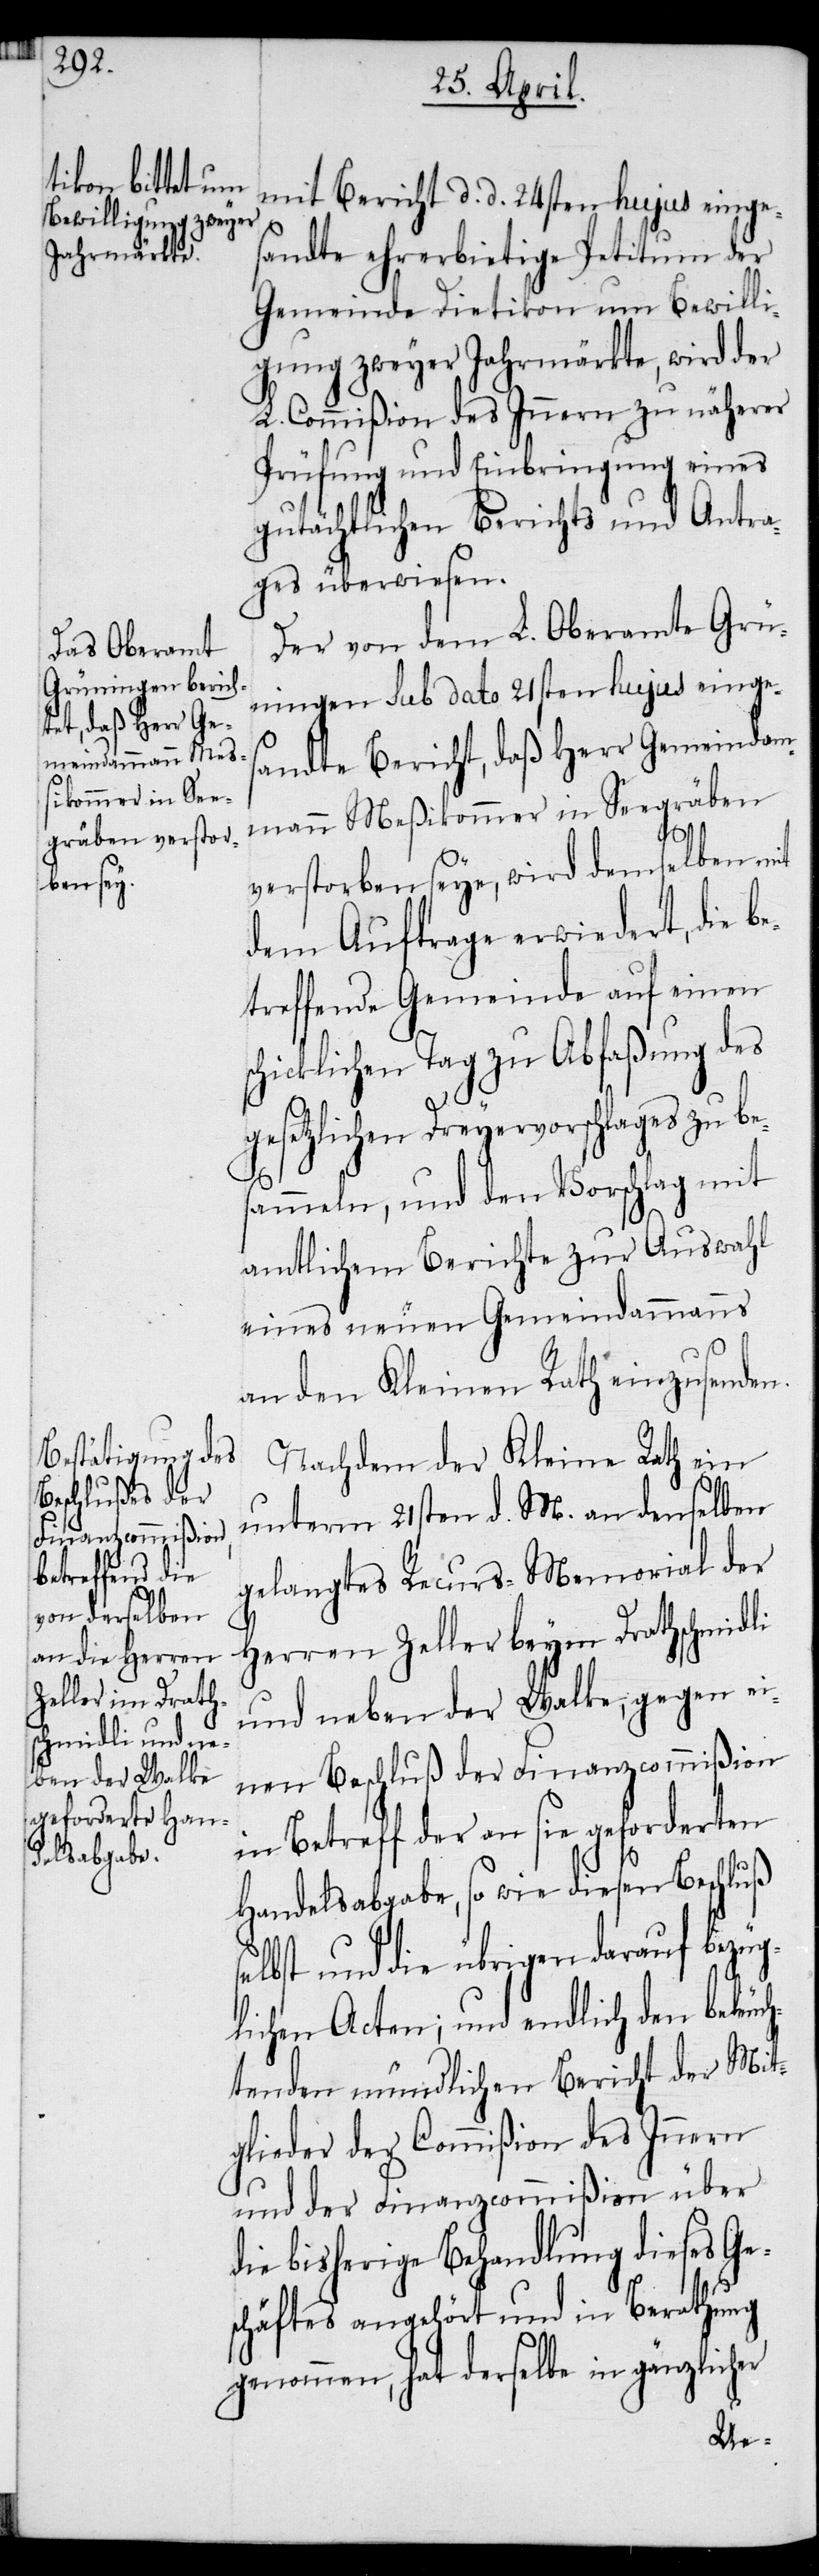
mit Bericht d. d. 24sten hujus einges¬
andte ehrerbietige Petitum der
Gemeinde Dietikon um Bewilli¬
gung zweyer Jahrmärkte, wird der
L. Commißion des Innern zu näherer
Prüfung und Einbringung eines
gutächtlichen Berichts und Antra¬
ges überwiesen.
Der von dem L. Oberamte Grü¬
ningen sub dato 21sten hujus einges¬
andte Bericht, daß Herr Gemeindam¬
mann Meßikommer in Seegräben
verstorben seye, wird demselben mit
dem Auftrage erwiedert, die b¬
etreffende Gemeinde auf einen
chicklichen Tag zu Abfaßung des
gesetzlichen Dreyervorschlages zu be¬
sammeln, und den Vorschlag mit
amtlichem Berichte zur Auswahl
eines neuen Gemeindammanns
an den Kleinen Rath einzusenden.
Nachdem der Kleine Rath ein
unterm 21sten d. M. an denselben
gelangtes Recurs-Memorial der
Herren Zeller beym Drathschmidli
und neben der Walke, gegen ei¬
nen Beschluß der Finanzcommißion
in Betreff der an sie geforderten
Handelsabgabe, so wie diesen Beschluß
selbst und die übrigen darauf bezüg¬
lichen Acten; und endlich den beleuc¬
htenden mündlichen Bericht der Mit¬
glieder der Commißion des Innern
und der Finanzcommißion über
die bisherige Behandlung dieses Ge¬
s¬
schäftes angehört und in Berathung
genommen, hat derselbe in gänzlicher